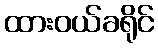
ထားဝယ်ခရိုင်